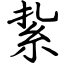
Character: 紥